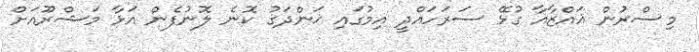
މިސްރުން ޣައްޒާއާ ގުޅޭ ސަރަހައްދީ އިމުގައި ޚަންދަގު ކޮނެ ލޮނުފެން އަޅާ މަޝްރޫއަށް